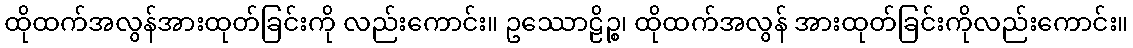
ထိုထက်အလွန်အားထုတ်ခြင်းကို လည်းကောင်း။ ဥဿောဠိဉ္စ၊ ထိုထက်အလွန် အားထုတ်ခြင်းကိုလည်းကောင်း။